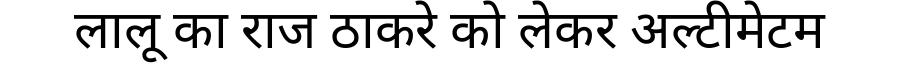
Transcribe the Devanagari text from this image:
लालू का राज ठाकरे को लेकर अल्टीमेटम